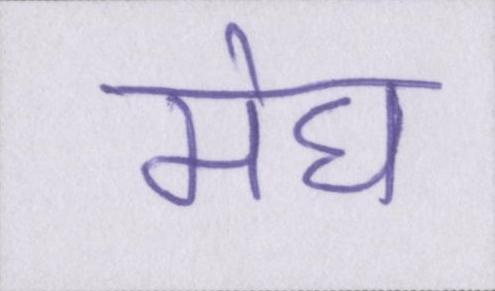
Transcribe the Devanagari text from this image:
मेघ